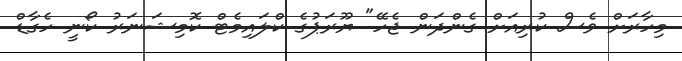
މިހާރަށް ވެސް ކުރިއަށް ގެންދަން ޖެހޭ" ޔޫރަޕުގެ ކްލައިމެޓް ކޮމިޝަނަރު ކޯނީ ހެގާޑް